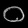
Digit: ၀